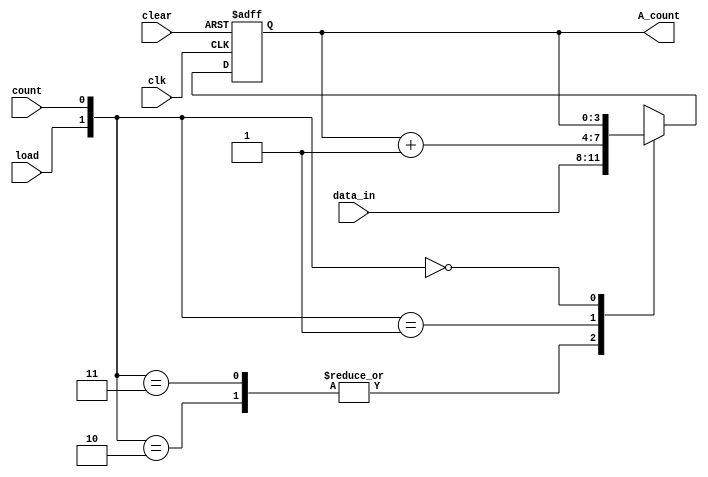
`timescale 1ns / 1ps
module binarycounter(
        input [3:0] data_in,
        output reg [3:0] A_count,
        input clk,
        input clear,
        input load,
        input count
        );
        
        always @(posedge clk, negedge clear)
        begin
        if(clear==0)
            A_count<=4'b0000;
        else        
            case({load,count})
            2'b10: A_count<=data_in;
            2'b11: A_count<=data_in;
            2'b01: A_count<=A_count+1;
            2'b00: A_count<=A_count;
            endcase
        end
endmodule